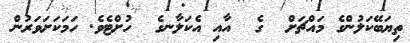
ތިޔަބޭކަލުންގެ މައްޗަށް  ގެ  އާއި އެކަލާނގެ  ހުށްޓެވެ. ހަމަކަށަވަރުން